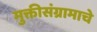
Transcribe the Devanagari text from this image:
मुक्तीसंग्रामाचे